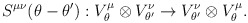
\begin{align*}S^{\mu\nu}(\theta-\theta'):V^\mu_\theta\otimes V^\nu_{\theta'}\rightarrow V^\nu_{\theta'}\otimes V^\mu_{\theta}.\end{align*}